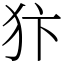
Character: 犿